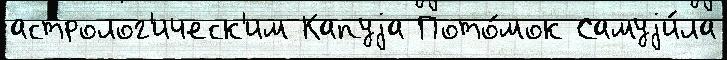
астролог'ическ'им Капуjа Пото́мок Самуjи́ла